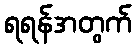
ရရန်အတွက်